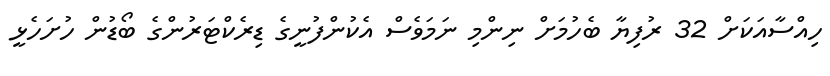
ހިއްސާއަކަށް 32 ރުފިޔާ ބެހުމަށް ނިންމި ނަމަވެސް އެކުންފުނީގެ ޑިރެކްޓަރުންގެ ބޯޑުން ހުށަހެޅީ